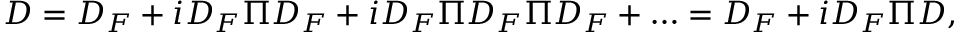
{ \cal D } = D _ { F } + i D _ { F } \Pi D _ { F } + i D _ { F } \Pi D _ { F } \Pi D _ { F } + \ldots = D _ { F } + i D _ { F } \Pi { \cal D } ,